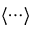
\langle \cdots \rangle